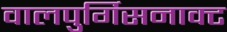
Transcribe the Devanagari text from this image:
वालपुर्गिसनाक्ट